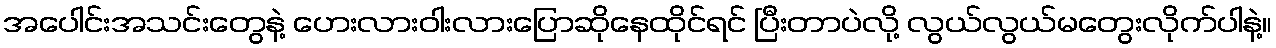
အပေါင်းအသင်းတွေနဲ့ ဟေးလားဝါးလားပြောဆိုနေထိုင်ရင် ပြီးတာပဲလို့ လွယ်လွယ်မတွေးလိုက်ပါနဲ့။